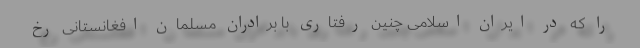
را که در ایران اسلامی چنین رفتاری با برادران مسلمان افغانستانی رخ